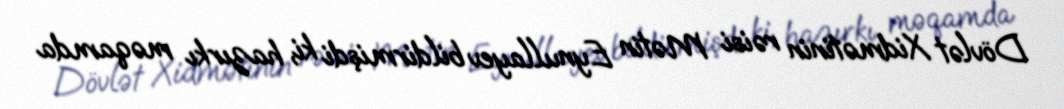
Dövlət Xidmətinin rəisi Mətin Eynullayev bildirmişdi ki, hazırkı məqamda